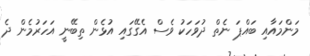
މަންމައާއި ބައްޕަ ނެތް ދުވަހަކު ވެސް އެގޭގައި އުޅެން ތިބޭނީ އަހަރުމެން ދެ